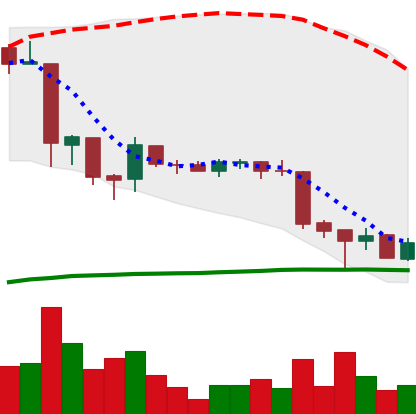
Ticker: EOS-USD
Chart end date: 2018-06-27
Forward return: 10.923%
Label: up_7plus